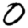
Digit: 0